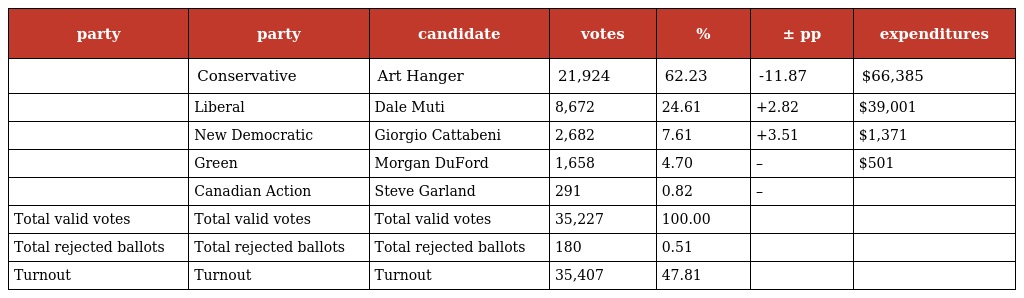
| party | party | candidate | votes | % | ± pp | expenditures |
 | --- | --- | --- | --- | --- | --- | --- |
 |  | Conservative | Art Hanger | 21,924 | 62.23 | -11.87 | $66,385 |
 |  | Liberal | Dale Muti | 8,672 | 24.61 | +2.82 | $39,001 |
 |  | New Democratic | Giorgio Cattabeni | 2,682 | 7.61 | +3.51 | $1,371 |
 |  | Green | Morgan DuFord | 1,658 | 4.70 | – | $501 |
 |  | Canadian Action | Steve Garland | 291 | 0.82 | – |  |
 | Total valid votes | Total valid votes | Total valid votes | 35,227 | 100.00 |  |  |
 | Total rejected ballots | Total rejected ballots | Total rejected ballots | 180 | 0.51 |  |  |
 | Turnout | Turnout | Turnout | 35,407 | 47.81 |  |  |